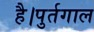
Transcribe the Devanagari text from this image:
है।पुर्तगाल